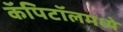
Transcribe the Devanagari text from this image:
कॅपिटॉलमध्ये